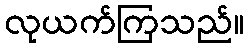
လုယက်ကြသည်။